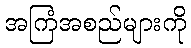
အကြံအစည်များကို